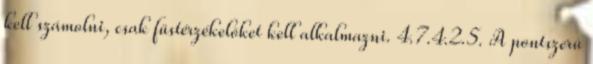
kell számolni, csak füstérzékelõket kell alkalmazni. 4.7.4.2.5. A pontszerû